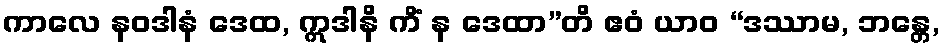
ကာလေ နဝဒါနံ ဒေထ, ဣဒါနိ ကိံ န ဒေထာ”တိ ဧဝံ ယာဝ “ဒဿာမ, ဘန္တေ,